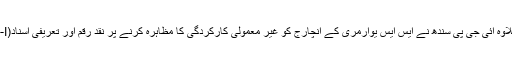
اس کے علاوہ آئی جی پی سندھ نے ایس ایس یوآرمری کے انچارج کو غیر معمولی کارکردگی کا مظاہرہ کرنے پر نقد رقم اور تعریفی اسناد(CC-I )دی۔